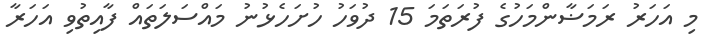
މި އަހަރު ރަމަޟާންމަހުގެ ފުރަތަމަ 15 ދުވަހު ހުށަހެޅުނު މައްސަލަތައް ފާއިތުވި އަހަރާ